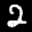
Label: 2